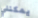
يمكنني